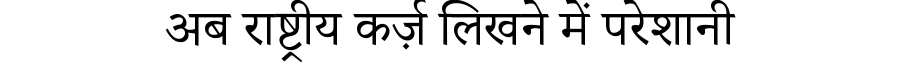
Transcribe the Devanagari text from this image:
अब राष्ट्रीय कर्ज़ लिखने में परेशानी